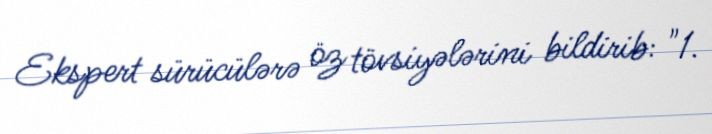
Ekspert sürücülərə öz tövsiyələrini bildirib: "1.